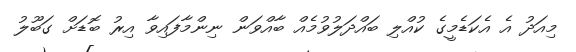
މިއަދު އެ އެކަޑެމީގެ ކުއްލި ބައްދަލުވުމެއް ބާއްވަން ނިންމާފައިވާ އިރު ބޮޑަށް ގަބޫލު